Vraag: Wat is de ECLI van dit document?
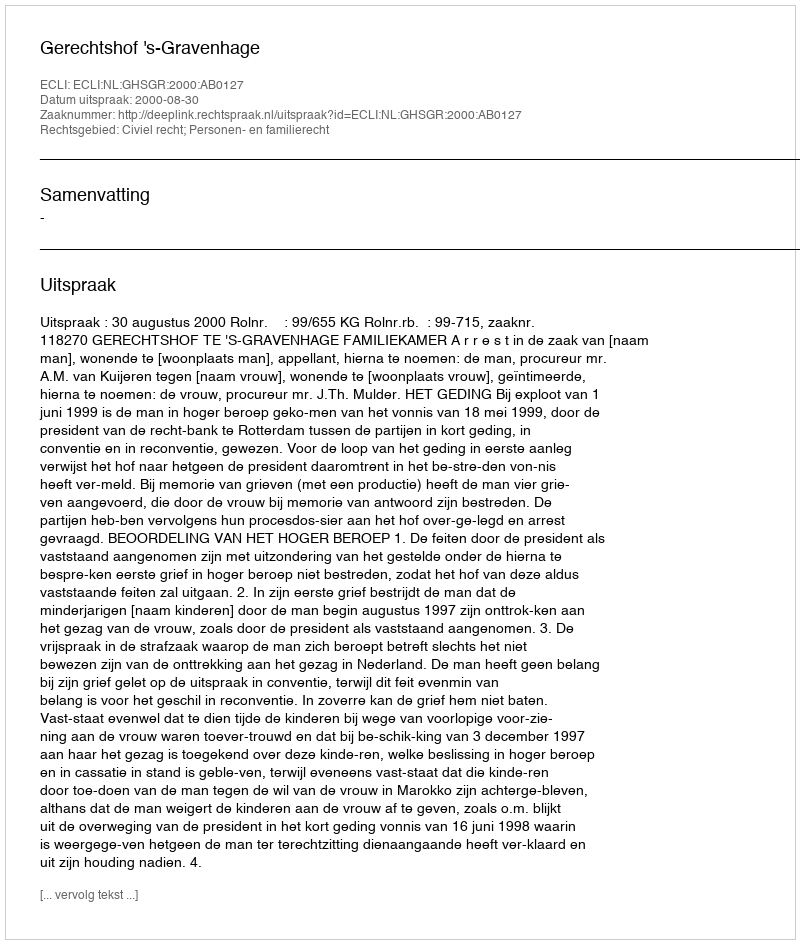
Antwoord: ECLI:NL:GHSGR:2000:AB0127